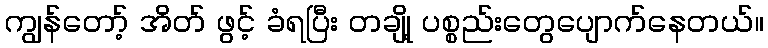
ကျွန်တော့် အိတ် ဖွင့် ခံရပြီး တချို့ ပစ္စည်းတွေပျောက်နေတယ်။